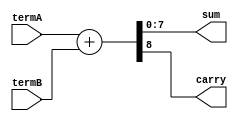
////////////////////////////////////////////////////////////////////////
//	Jul 28 2018
//	full adder
// 	by VAL
////////////////////////////////////////////////////////////////////////

module adder(
	termA,
	termB,
	sum,
	carry
	);
	
	parameter N = 8;
	
	input		[N-1:0]		termA;
	input		[N-1:0]		termB;
	output reg	[N-1:0]		sum;
	output reg				carry;
	
	always @ *
	begin
		{carry, sum} = termA + termB;
	end
	
endmodule